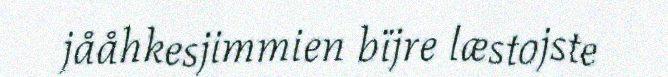
jååhkesjimmien bïjre læstojste